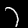
Digit: 7